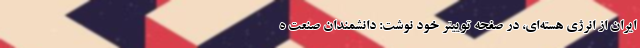
ایران از انرژی هسته‌ای، در صفحه توییتر خود نوشت: دانشمندان صنعت ه